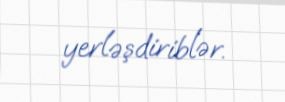
yerləşdiriblər.